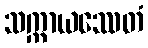
သက္ကာယဿေတံ